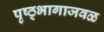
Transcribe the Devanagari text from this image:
पृष्ठ्भागाजवळ